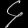
Digit: ၄